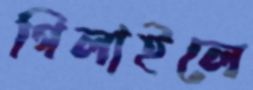
গিলাইলে